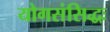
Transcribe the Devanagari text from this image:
योगसंसिद्धः